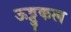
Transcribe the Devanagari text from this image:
ऊट्टुकल